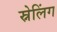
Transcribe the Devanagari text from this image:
स्नेलिंग